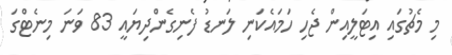
މި މެޗުގައި އިޓަލީއިން ޖެހި ހަމައެކަނި ލަނޑު ފެނިގެންދިޔައީ 83 ވަނަ މިނެޓްގަ